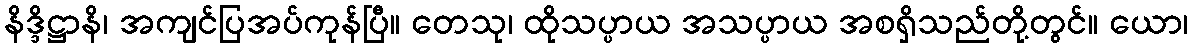
နိဒ္ဒိဋ္ဌာနိ၊ အကျင်ပြအပ်ကုန်ပြီ။ တေသု၊ ထိုသပ္ပာယ အသပ္ပာယ အစရှိသည်တို့တွင်။ ယော၊